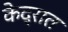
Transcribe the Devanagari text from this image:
केद्रात